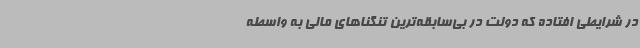
در شرایطی افتاده که دولت در بی‌سابقه‌ترین تنگناهای مالی به واسطه